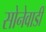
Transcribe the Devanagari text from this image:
सोनेवाडी